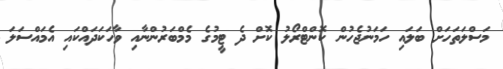
މަސްލަތަހަށް ބަލައި ހަމަނުޖެހުން ކޮންޓްރޯލު ކޮށް ދެ ޓީމުގެ މެމްބަރުންނާއި ވާހަކަދައްކައި އެމައްސަލަ